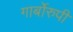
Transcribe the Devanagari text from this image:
गार्बोरुपी